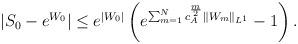
LaTeX: \begin{align*}|S_0-e^{W_0}|\le e^{|W_0|}\left(e^{\sum_{m=1}^Nc_A^{\frac{m}{2}}\|W_m\|_{L^1}}-1\right).\end{align*}